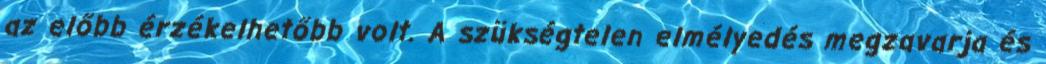
az előbb érzékelhetőbb volt. A szükségtelen elmélyedés megzavarja és